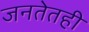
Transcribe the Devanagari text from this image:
जनतेतही